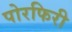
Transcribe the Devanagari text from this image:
पोरफिरी